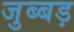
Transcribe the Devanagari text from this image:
जुब्बड़